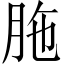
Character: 胣